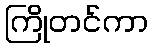
ကြိုတင်ကာ